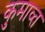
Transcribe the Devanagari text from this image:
कुमाव्त